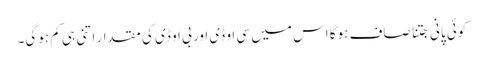
کوئی پانی جتنا صاف ہوگا اس میں سی او ڈی اور بی او ڈی کی مقدار اتنی ہی کم ہوگی۔